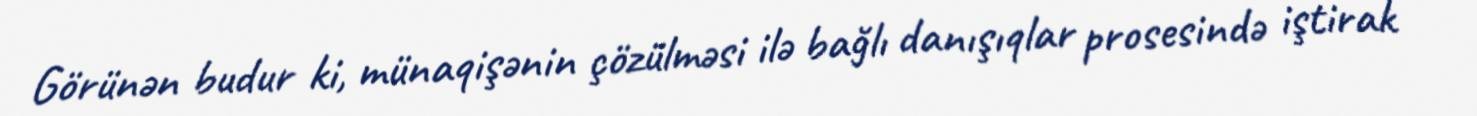
Görünən budur ki, münaqişənin çözülməsi ilə bağlı danışıqlar prosesində iştirak